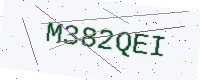
Text: M382QEI